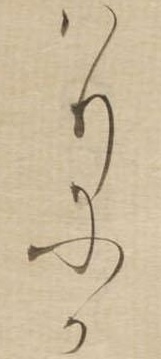
はりにか